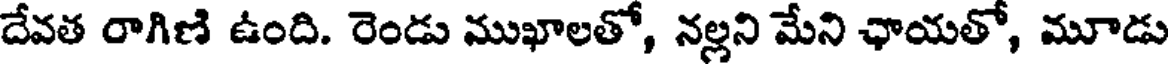
దేవత రాగిణి ఉంది. రెండు ముఖాలతో, నల్లని మేని ఛాయతో, మూడు